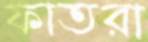
ফাতরা